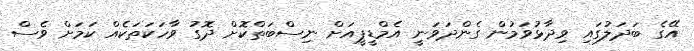
އޭގެ ބަދަލުގައި ވިދާޅުވަމުން ގެންދަވަނީ އެމްޑީޕީއަށް ނިސްބަތްކޮށް ދޮގު ވާހަކަތަކެއް ކަމަށް ވެސް